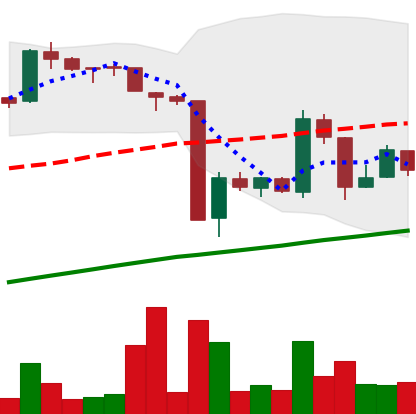
Ticker: BTC-USD
Chart end date: 2016-01-25
Forward return: -3.439%
Label: down_3_5